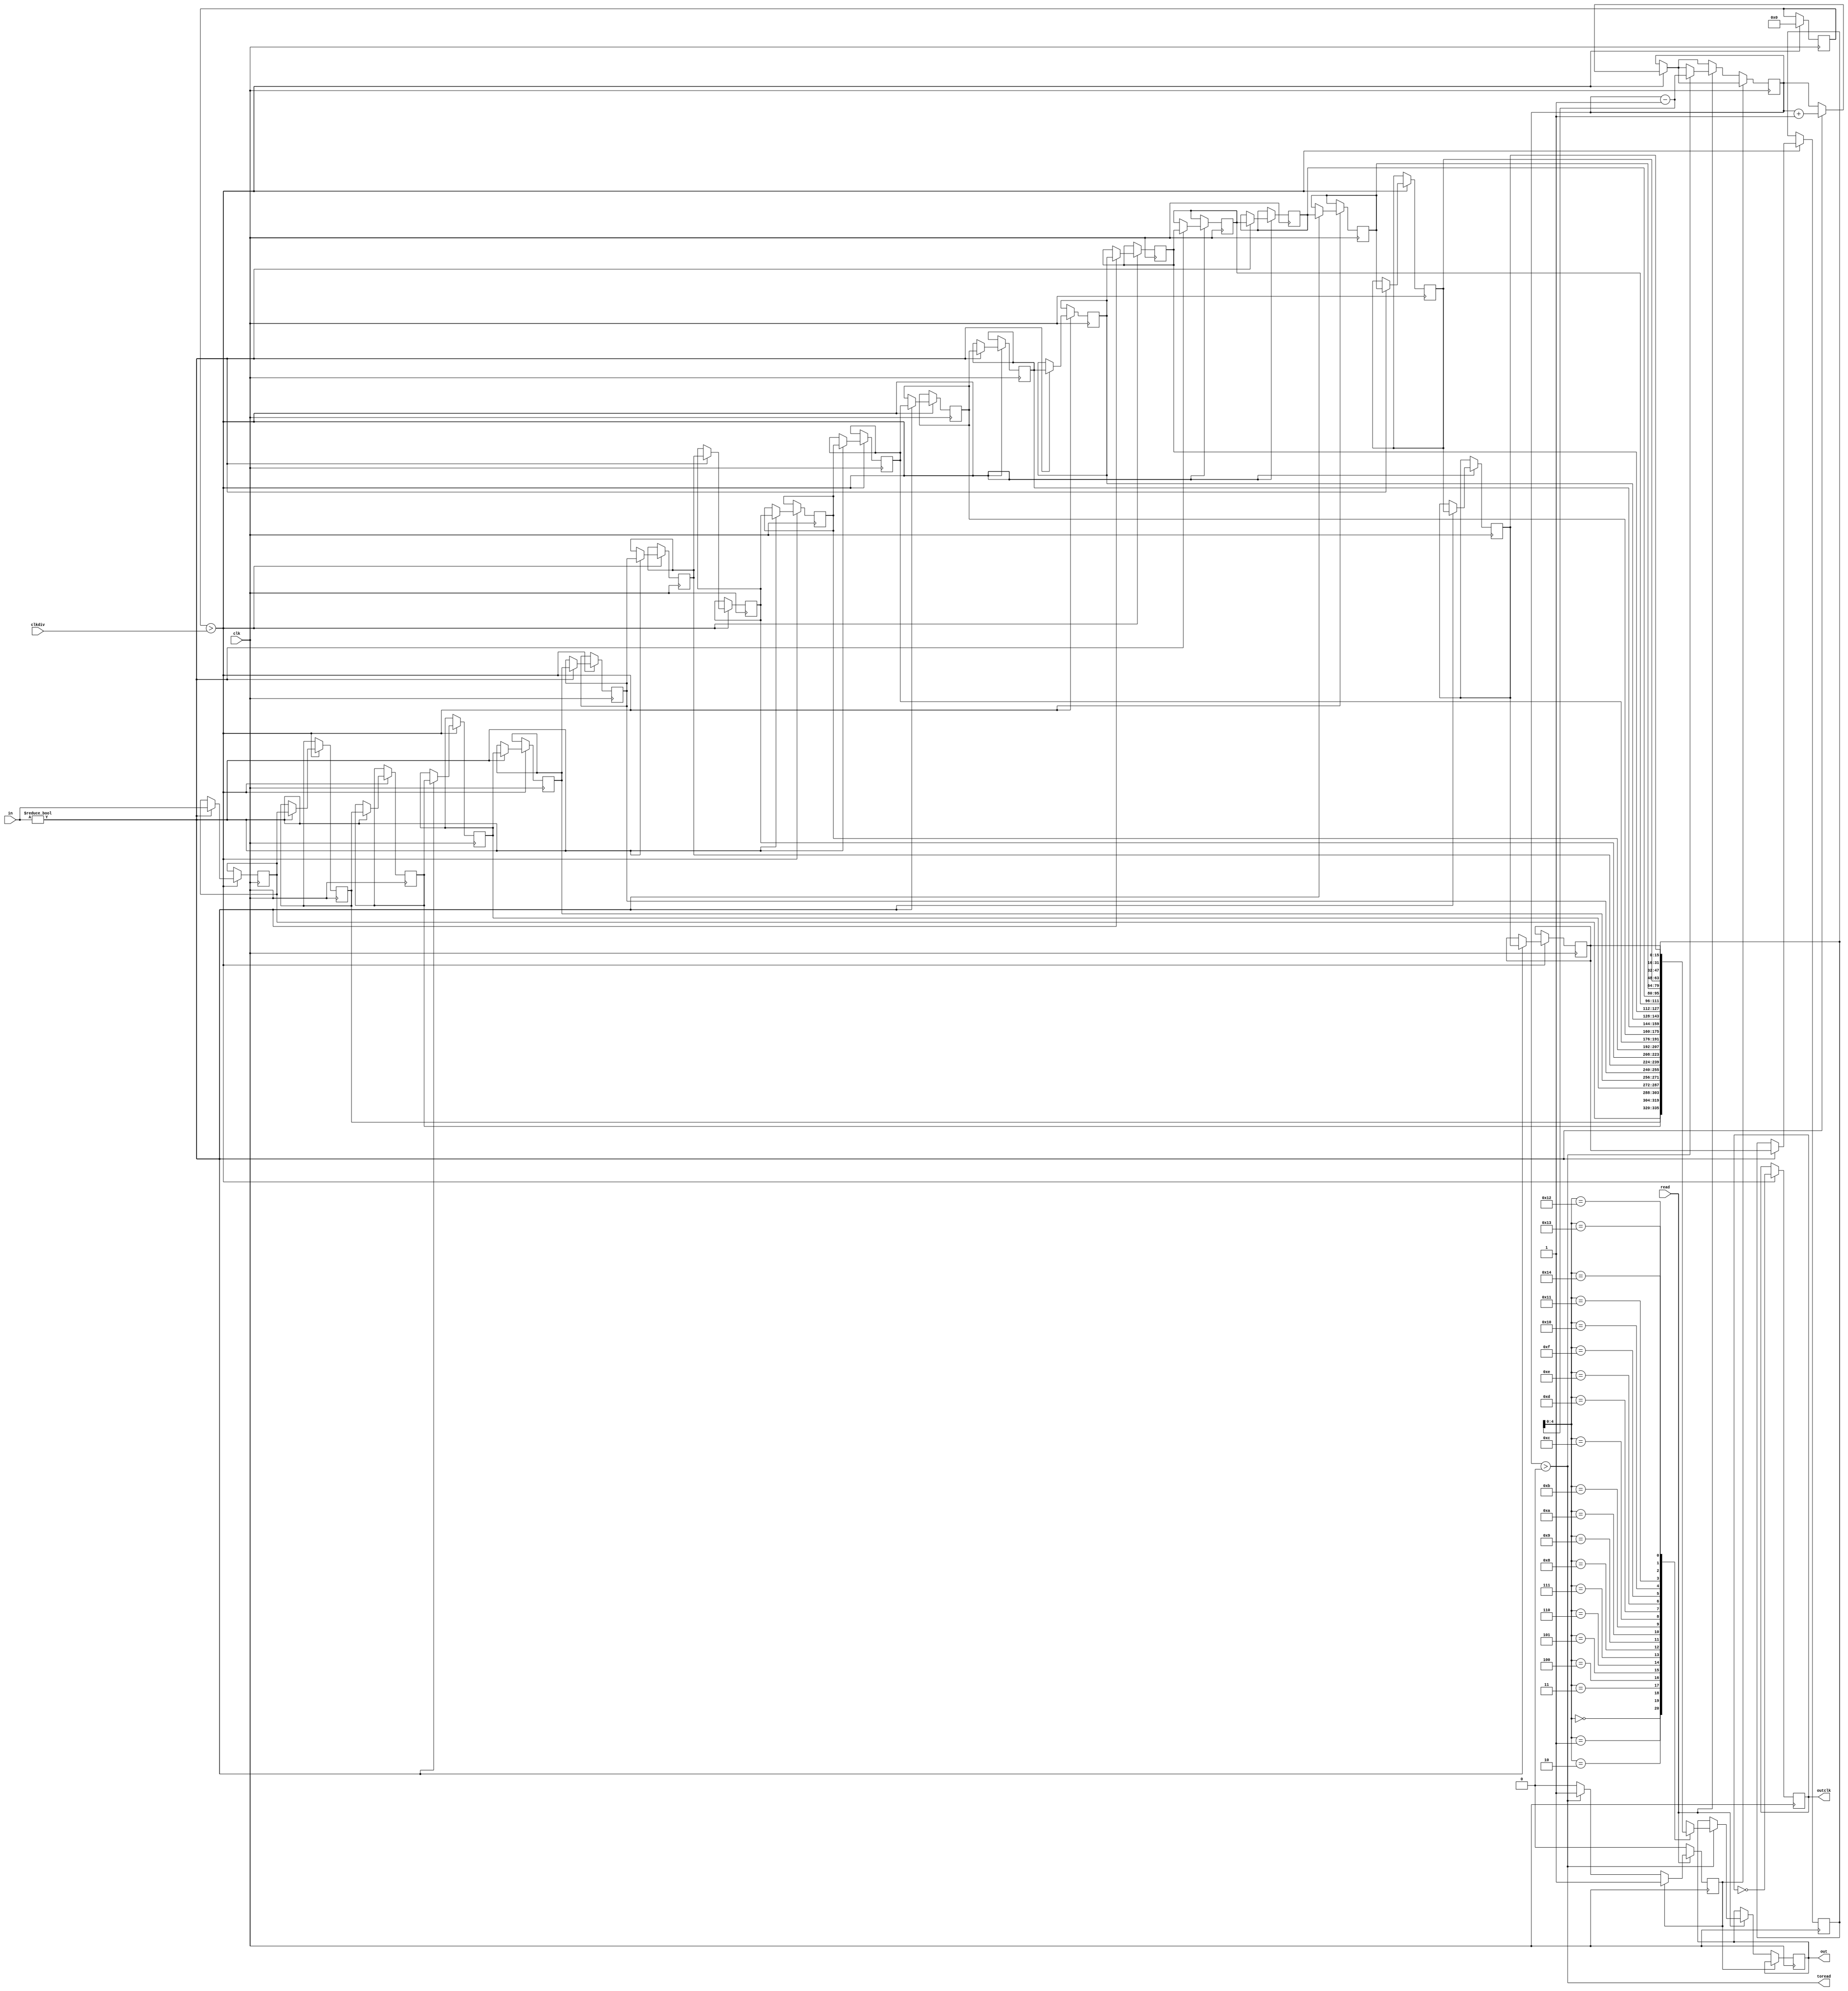
module InBuff #(parameter WIDTH = 16)(
	input clk,
	input [WIDTH-1:0] in,
	output reg [WIDTH-1:0] out,
	input read,
	input clkdiv,
	output reg outclk,
	output toread);
	
	
	
	reg [WIDTH-1:0] inbuf [20:0];
	reg [6:0] i;
	reg [15:0] counter = 0;
	reg oldread = 0;
	reg [6:0] bufpointer = 0;
	
	assign toread = (bufpointer > 0);
	
	
	always @(posedge clk) begin
		if (counter > clkdiv) begin//@TODO: external clk
			outclk <= !outclk;
			counter <= 0;
			if (in != 0) begin
				for(i=1;i<21;i=i+1) begin//probably very slow //WHAT THE FUCK-@TODO: implement cyclic buffer
					inbuf[i] <= inbuf[i-1];
				end
				inbuf[0] <= in;
				bufpointer <= bufpointer + 1;
			end
		end
		if (!oldread) begin
			if (read) begin
				if(bufpointer > 0) begin
					out <= inbuf[bufpointer - 1];
					bufpointer <= bufpointer - 1;
					oldread <= 1;
				end
			end
		end
		if (!read) begin
			oldread <= 0;
		end
	end
endmodule
module OutBuff #(parameter WIDTH = 13)(
	input clk,
	input [WIDTH-1:0] in,
	output reg [WIDTH-1:0] out,
	input writedone,
	input clkdiv,
	output reg outclk,
	output towrite);
	
	
    reg [6:0] i;
	
	reg [WIDTH-1:0] outbuf [20:0];
	
	reg [15:0] counter = 0;
	reg oldwrite = 0;
	reg [6:0] bufpointer = 0;
	
	assign towrite = (bufpointer < 8'd19);
	
	
	always @(posedge clk) begin
		if (counter > clkdiv) begin
			outclk <= !outclk;
			counter <= 0;
			if (bufpointer > 0) begin
				out <= outbuf[bufpointer - 1];
				bufpointer <= bufpointer - 1;
			end
		end
		if (!oldwrite) begin
			if (writedone) begin
				if(bufpointer > 0) begin
					for(i=1;i<21;i=i+1) begin//probably very slow
						outbuf[i] <= outbuf[i-1];
					end
					outbuf[0] <= in;
					bufpointer <= bufpointer + 1;
					oldwrite <= 1;
				end
			end
		end
		if (!writedone) begin
			oldwrite <= 0;
		end
	end
endmodule